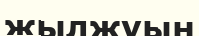
жылжуын